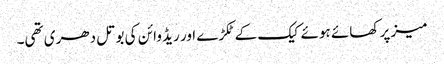
میز پر کھائے ہوئے کیک کے ٹکڑے اور ریڈ وائن کی بوتل دھری تھی۔